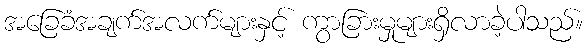
အခြေခံအချက်အလက်များနှင့် ကွာခြားမှုများရှိလာခဲ့ပါသည်။